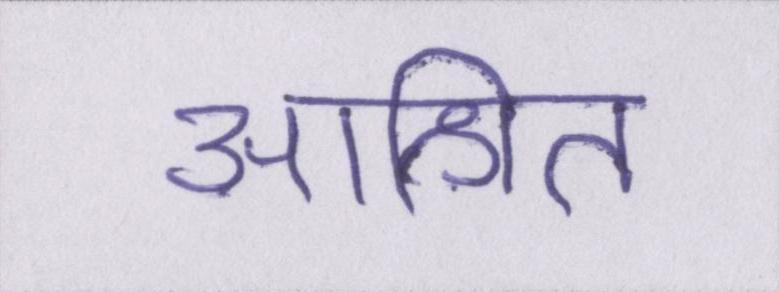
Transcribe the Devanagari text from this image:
आश्रित